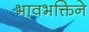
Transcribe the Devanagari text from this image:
भावभक्तिने